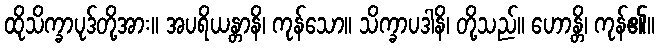
ထိုသိက္ခာပုဒ်တို့အား။ အပရိယန္တာနိ၊ ကုန်သော။ သိက္ခာပဒါနိ၊ တို့သည်။ ဟောန္တိ၊ ကုန်၏။